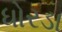
ધોરડા